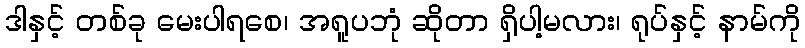
ဒါနှင့် တစ်ခု မေးပါရစေ၊ အရူပဘုံ ဆိုတာ ရှိပါ့မလား၊ ရုပ်နှင့် နာမ်ကို